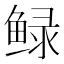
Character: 𮬠